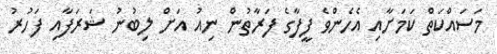
މަސައްކަތް ކަމަށާއި އެހެންވެ ފީފާގެ ފަރާތުން ނިއު އަށް ލިބުނު ޝަރަފާއި ފަހުރު